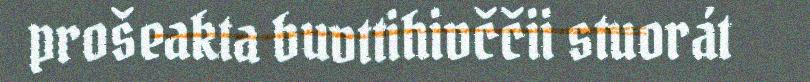
prošeakta buvttihivččii stuorát